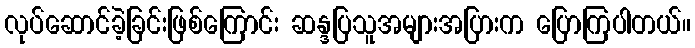
လုပ်ဆောင်ခဲ့ခြင်းဖြစ်ကြောင်း ဆန္ဒပြသူအများအပြားက ပြောကြပါတယ်။